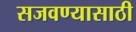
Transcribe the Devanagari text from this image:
सजवण्यासाठी